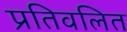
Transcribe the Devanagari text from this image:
प्रतिवलित